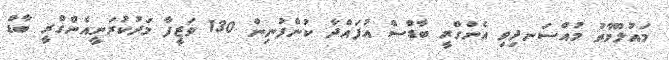
މައުލޫމާތު މުއްސަނދިވި އެންގްރީ ބާޑްސް އުފައްދާ ކުންފުނިން 130 ވަޒީފާ މަދުކުރަނީއެންގްރީ ބާޑް